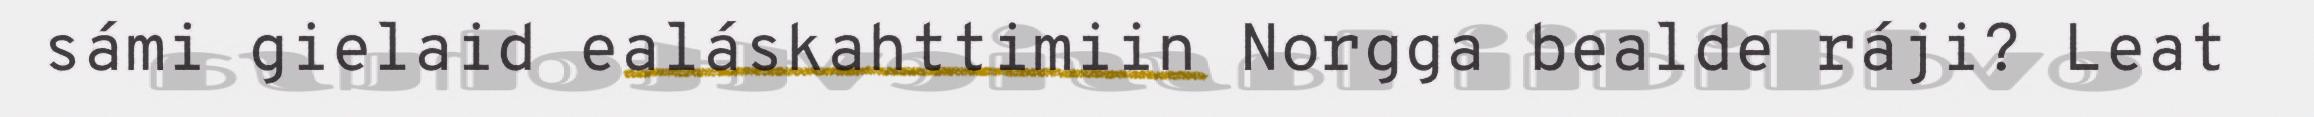
sámi gielaid ealáskahttimiin Norgga bealde ráji? Leat